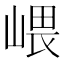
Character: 㟪